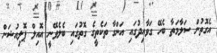
އެގޮތުން ސަލާމަތާ ބެހޭ ގަވާއިދުގައި އަންގާ ތަކެތީގެ ގޮތުގައި ބެލެވޭނީ އޮއިލް ޕޮލިއުޝަން